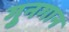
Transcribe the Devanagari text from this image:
गुनगान